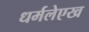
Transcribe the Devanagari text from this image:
धर्मलेएख